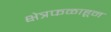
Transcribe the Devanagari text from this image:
क्षेत्रफळाहून